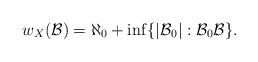
LaTeX: \begin{align*}w_{X}(\mathcal{B}) = \aleph_0 + \inf\{|\mathcal{B}_0| : \mathcal{B}_0 \mathcal{B}\}.\end{align*}